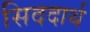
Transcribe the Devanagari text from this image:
सिददार्थ